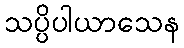
သပ္ပိပါယာသေန